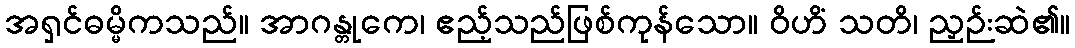
အရှင်ဓမ္မိကသည်။ အာဂန္တုကေ၊ ဧည့်သည်ဖြစ်ကုန်သော။ ဝိဟိံ သတိ၊ ညှဉ်းဆဲ၏။